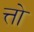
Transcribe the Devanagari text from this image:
त्तो